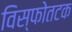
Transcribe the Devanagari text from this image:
विस्फोतटक